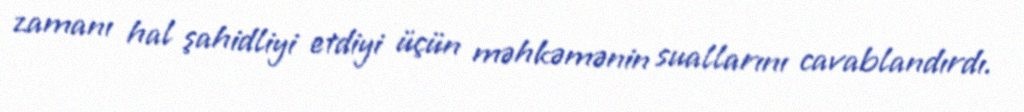
zamanı hal şahidliyi etdiyi üçün məhkəmənin suallarını cavablandırdı.